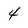
Character: 4